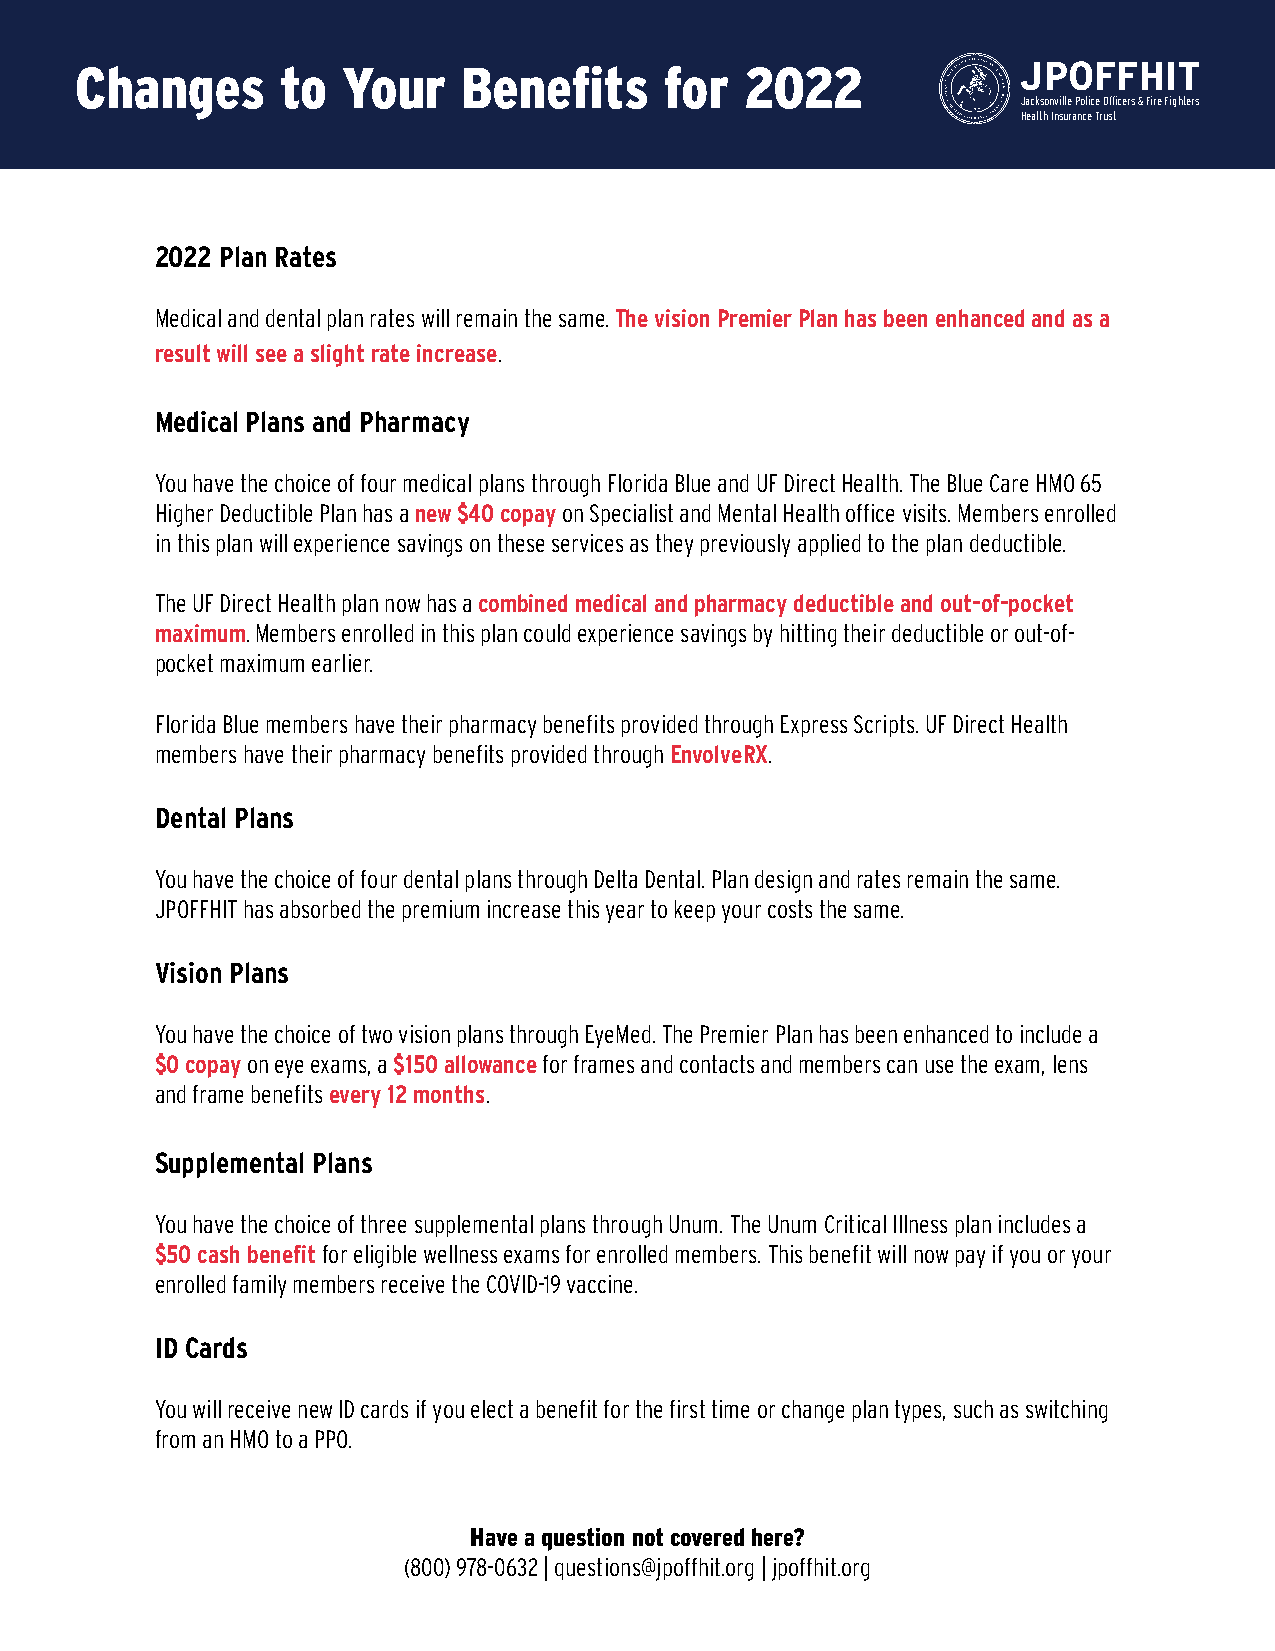
Changes       to  Your    Benefits     for  2022               JPOFFHIT
 Jacksonville Police Officers & Fire Fighters
 Health Insurance Trust
 2022 Plan Rates
 Medical and dental plan rates will remain the same. The vision Premier Plan has been enhanced and as a
 result will see a slight rate increase.
 Medical Plans and Pharmacy
 You have the choice of four medical plans through Florida Blue and UF Direct Health. The Blue Care HMO 65
 Higher Deductible Plan has a new $40 copay on Specialist and Mental Health office visits. Members enrolled
 in this plan will experience savings on these services as they previously applied to the plan deductible.
 The UF Direct Health plan now has a combined medical and pharmacy deductible and out-of-pocket
 maximum. Members enrolled in this plan could experience savings by hitting their deductible or out-of-
 pocket maximum earlier.
 Florida Blue members have their pharmacy benefits provided through Express Scripts. UF Direct Health
 members have their pharmacy benefits provided through EnvolveRX.
 Dental Plans
 You have the choice of four dental plans through Delta Dental. Plan design and rates remain the same.
 JPOFFHIT has absorbed the premium increase this year to keep your costs the same.
 Vision Plans
 You have the choice of two vision plans through EyeMed. The Premier Plan has been enhanced to include a
 $0 copay on eye exams, a $150 allowance for frames and contacts and members can use the exam, lens
 and frame benefits every 12 months.
 Supplemental Plans
 You have the choice of three supplemental plans through Unum. The Unum Critical Illness plan includes a
 $50 cash benefit for eligible wellness exams for enrolled members. This benefit will now pay if you or your
 enrolled family members receive the COVID-19 vaccine.
 ID Cards
 You will receive new ID cards if you elect a benefit for the first time or change plan types, such as switching
 from an HMO to a PPO.
 Have a question not covered here?
 (800) 978-0632 | questions@jpoffhit.org | jpoffhit.org